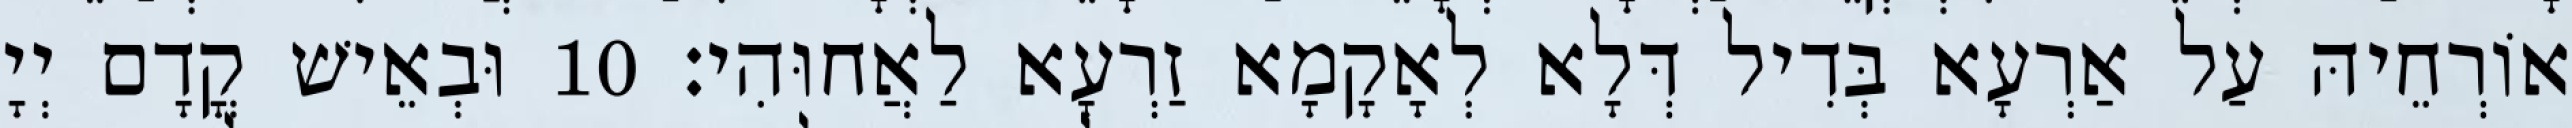
אוֹרְחֵיהּ עַל אַרְעָא בְּדִיל דְּלָא לְאָקָמָא זַרְעָא לַאֲחוּהִי׃ 10 וּבְאֵישׁ קֳדָם יְיָ